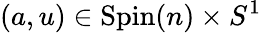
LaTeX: (a,u)\in\mathrm{Spin}(n)\times S^{1}